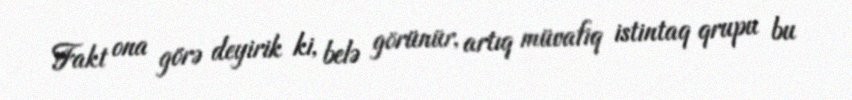
Fakt ona görə deyirik ki, belə görünür, artıq müvafiq istintaq qrupu bu